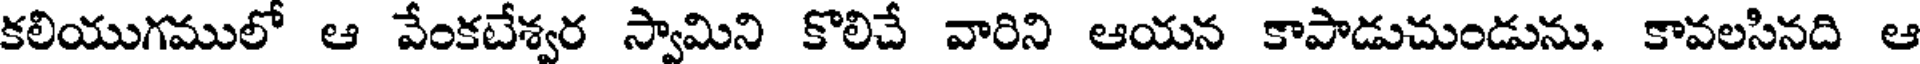
కలియుగములో ఆ వేంకటేశ్వర స్వామిని కొలిచే వారిని ఆయన కాపాడుచుండును. కావలసినది ఆ